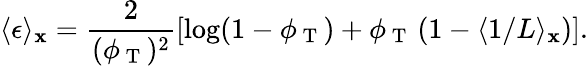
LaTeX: \langle\epsilon\rangle_{\mathbf{x}}=\frac{{2}}{{(\phi_{\mathrm{{~T~}}})^{2}}}\left[\log(1-\phi_{\mathrm{{~T~}}})+\phi_{\mathrm{{~T~}}}\left(1-\langle1/L\rangle_{\mathbf{x}}\right)\right].